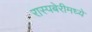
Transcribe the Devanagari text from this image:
रास्पबेरीमध्ये